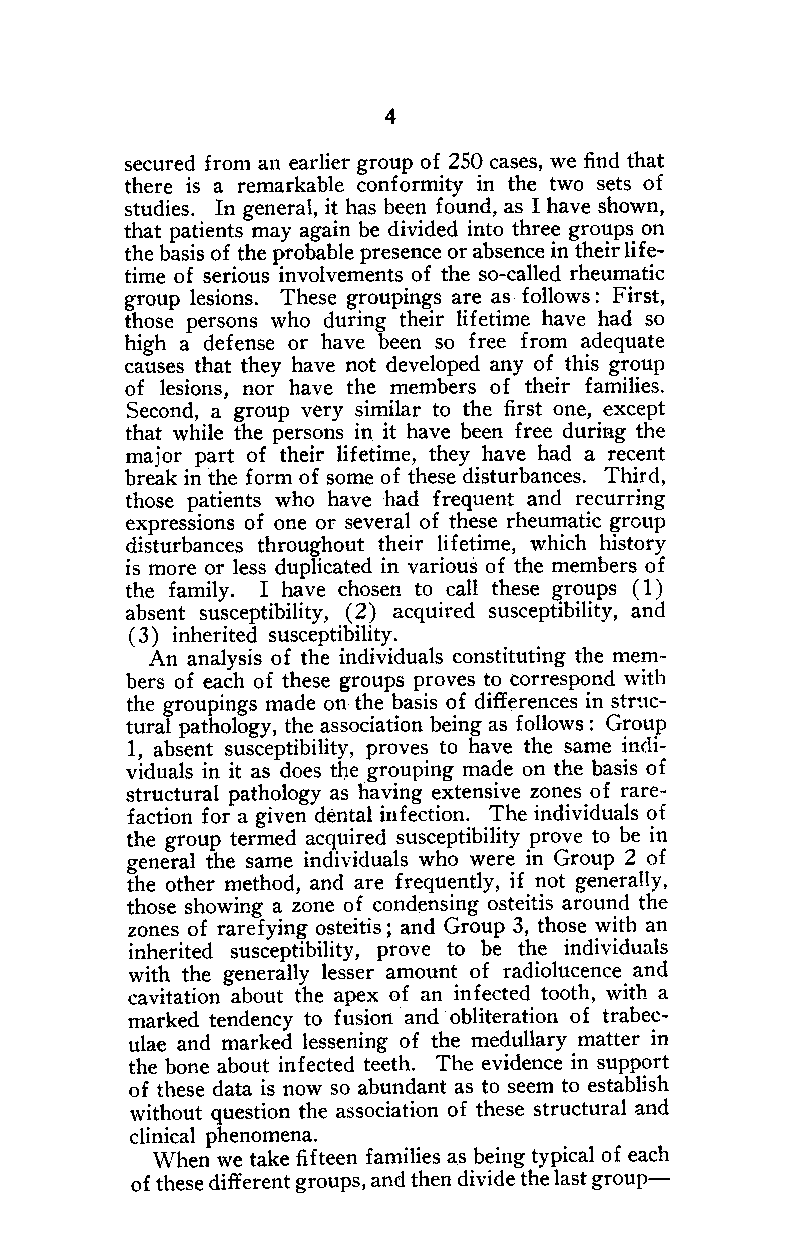
4
 secured £rom an earlier group 0£ 250 cases, we find that
 there is a remarkable con£ormity in the two sets 0£
 studies. In general, it has been £ound, as I have shown,
 that patients may again be divided into three groups on
 the basis of the probable presence or absencei n their li£e-
 time of serious involvements of the so-called rheumatic
 group lesions. These groupings are as follows: First,
 those persons who during their li£etime have had so
 high a de£ense or have been so £ree from adequate
 causes that they have not developed any 0£ this group
 0£ lesions, nor have the members 0£ their £amilies.
 Second, a group very similar to the first one, except
 that while the persons i~ it have been free during the
 major part 0£ their lifetime, they have had a recent
 break in the £orm 0£ some 0£ these disturbances. Third,
 those patients who have had frequent and recurring
 expressions of one or several 0£ these rheumatic group
 disturbances throughout their li£etime, which history
 is more or less duplicated in various 0£ the members 0£
 the £amily. I have chosen to call these groups (1)
 absent susceptibility, ( 2) acquired susceptibility, and
 ( 3) inherited susceptibility.
 An analysis 0£ the individuals constituting the mem-
 bers 0£ each 0£ these groups proves to correspond with
 the groupings made OQt he basis 0£ differences in stntc-
 tural pathology, the association being as £ollows: Group
 1, absent susceptibility, proves to have the same indi-
 viduals in it as does tl)e grouping made on the basis of
 structural pathology as having extensive zones 0£ rare-
 faction £or a given dental in£ection. The individuals of
 the group termed acquired susceptibility prove to be in
 general the same individuals who were in Group 2 0£
 the other method, and are frequently, i£ not generally,
 those showing a zone 0£ condensing osteitis around the
 zones 0£ rare£ying osteitis; and Group 3, those with an
 inherited susceptibility, prove to be the individuals
 with the generally lesser amount of radiolucence and
 cavitation about the apex 0£ an in£ected tooth, with a
 marked tendency to fusion and obliteration 0£ trabec-
 ulae and marked lessening 0£ the medullary matter in
 the bone about in£ected teeth. The evidence in support
 0£ these data is now so abundant as to seem to establish
 without question the association of these structural and
 clinical phenomena.
 When we take fi£teen £amilies as being typical 0£ each
 0£ these different groups, and then divide the last group-